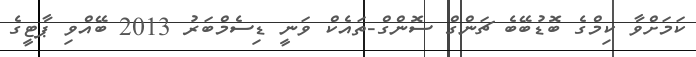
ކަމަށްވާ ކިމްގެ ބޮޑުބޭބެ ޗަންގް ސޮންގް-ތައެކް ވަނީ ޑިސެމްބަރު 2013 ބޭއްވި ޕާޓީގެ